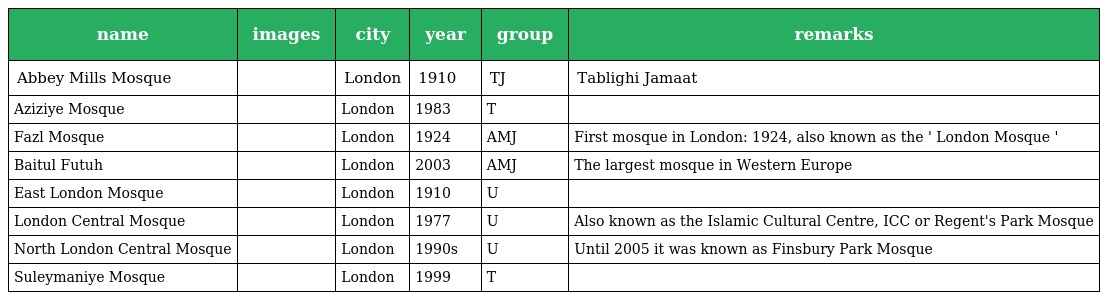
| name | images | city | year | group | remarks |
 | --- | --- | --- | --- | --- | --- |
 | Abbey Mills Mosque |  | London | 1910 | TJ | Tablighi Jamaat |
 | Aziziye Mosque |  | London | 1983 | T |  |
 | Fazl Mosque |  | London | 1924 | AMJ | First mosque in London: 1924, also known as the ' London Mosque ' |
 | Baitul Futuh |  | London | 2003 | AMJ | The largest mosque in Western Europe |
 | East London Mosque |  | London | 1910 | U |  |
 | London Central Mosque |  | London | 1977 | U | Also known as the Islamic Cultural Centre, ICC or Regent's Park Mosque |
 | North London Central Mosque |  | London | 1990s | U | Until 2005 it was known as Finsbury Park Mosque |
 | Suleymaniye Mosque |  | London | 1999 | T |  |